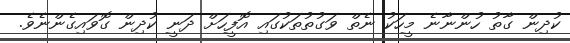
ކުދިން ގާތު ހުންނާނެ މީހަކު ނެތް ވަގުތުތަކުގައި އޮފީހަށް ދަނީ ކުދިން ގޮވައިގެންނެވެ.